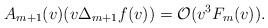
LaTeX: \begin{align*} A_{m+1}(v)(v\Delta_{m+1}f(v))=\mathcal{O}(v^3F_m(v)).\end{align*}